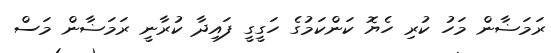
ރަމަޟާން މަހު ކުރި ހެޔޮ ކަންކަމުގެ ހަގީގީ ފައިދާ ކުރާނީ ރަމަޟާން މަސް